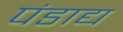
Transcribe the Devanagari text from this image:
पंडाद्य